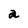
Character: a